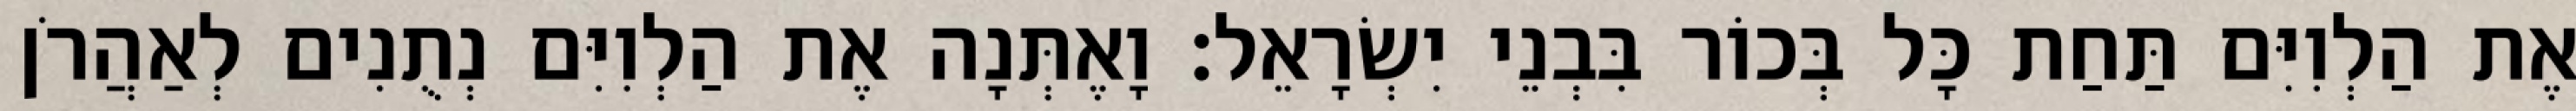
אֶת הַלְוִיִּם תַּחַת כָּל בְּכוֹר בִּבְנֵי יִשְׂרָאֵל׃ וָאֶתְּנָה אֶת הַלְוִיִּם נְתֻנִים לְאַהֲרֹן